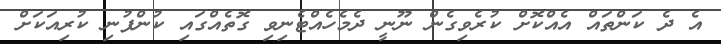
އެ ދެ ކަންތައް އެއްކޮށް ކުރެވިގެން ނޫނީ ދެމެހެއްޓެނިވި ގޮތެއްގައި ކުންފުނި ކުރިއަކަށް